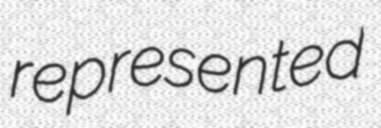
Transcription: represented